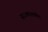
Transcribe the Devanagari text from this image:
सावकाशपणेंच